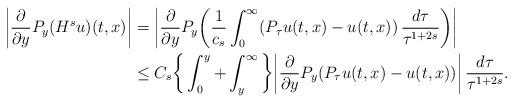
LaTeX: \begin{align*}\bigg|\frac{\partial}{\partial y}P_y(H^{s}u)(t,x)\bigg|&= \bigg|\frac{\partial}{\partial y}P_y\bigg(\frac{1}{c_s}\int_0^\infty(P_\tau u(t,x)-u(t,x))\,\frac{d\tau}{\tau^{1+2s}}\bigg)\bigg| \\ &\leq C_s\bigg\{\int_0^y+\int_y^\infty\bigg\}\bigg|\frac{\partial}{\partial y}P_y(P_\tau u(t,x)- u(t,x))\bigg|\,\frac{d\tau}{\tau^{1+2s}}.\end{align*}